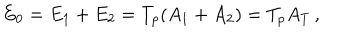
E _ { 0 } = E _ { 1 } + E _ { 2 } = T _ { p } ( A _ { 1 } + A _ { 2 } ) = T _ { p } A _ { T } \, ,